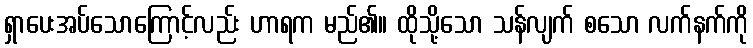
ရှာပေးအပ်သောကြောင့်လည်း ဟာရက မည်၏။ ထိုသို့သော သန်လျက် စသော လက်နက်ကို